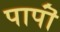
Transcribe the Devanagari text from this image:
पापॊं